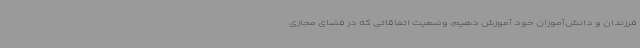
فرزندان و دانش‌آموزان خود آموزش دهیم، وضعیت اتفاقاتی که در فضای مجازی